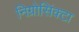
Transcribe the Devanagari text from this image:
निग्रोसिंक्टा